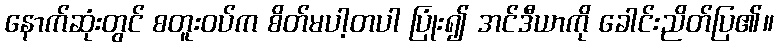
နောက်ဆုံးတွင် စတူးဝပ်က စိတ်မပါ့တပါ ပြုံး၍ အင်ဒီယာကို ခေါင်းညိတ်ပြ၏။